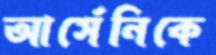
আর্সেনিকে